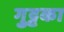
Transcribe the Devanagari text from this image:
गुट्टका